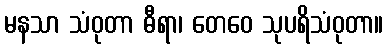
မနသာ သံဝုတာ ဓီရာ၊ တေဝေ သုပရိသံဝုတာ။